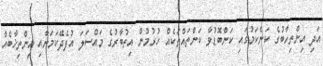
އަދި އިންތިހާބުގެ ކަންކަމުގައި ކަންބޮޑުވާ ކަންތައްތަކެއް ހުރުމުން އިތުބާރުގެ މައްސަލަ އުފެދޭކަމަށާއި އިންތިޚާބެއް